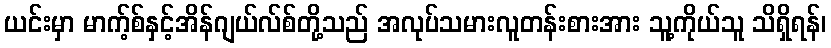
ယင်းမှာ မာက့်စ်နှင့်အိန်ဂျယ်လ်စ်တို့သည် အလုပ်သမားလူတန်းစားအား သူ့ကိုယ်သူ သိရှိရန်၊